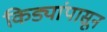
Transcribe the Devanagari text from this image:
किड्यांपासून